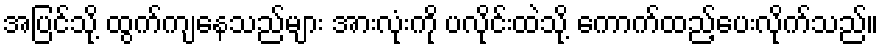
အပြင်သို့ ထွက်ကျနေသည်များ အားလုံးကို ပလိုင်းထဲသို့ ကောက်ထည့်ပေးလိုက်သည်။